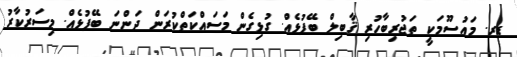
ޑރ. މައުސޫމަކީ ތަޖުރިބާހުރި ޤާބިލް ބޭފުޅެއް. ގުޅިގެން މަސައްކަތްކުރަން ދަންނަ ބޭފުޅެއް. މިސަރުކާރު